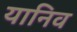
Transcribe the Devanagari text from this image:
यानिव